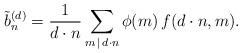
LaTeX: \begin{align*}\tilde{b}_n^{(d)}=\dfrac{1}{d\cdot n}\sum\limits_{m\,|\, d\cdot n}\phi(m)\,f(d\cdot n,m).\end{align*}